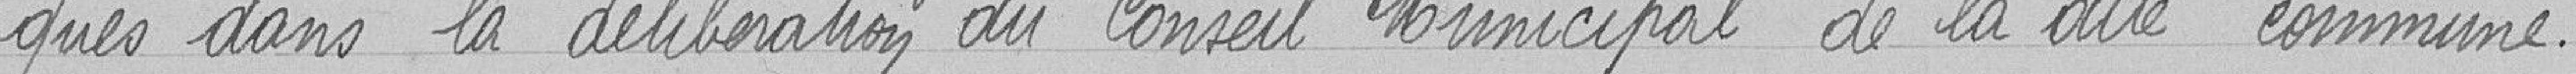
qués dans la délibération du Conseil Municipal de ladite commune.